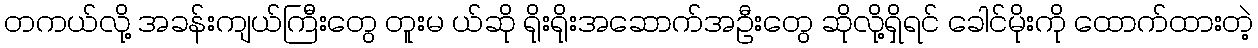
တကယ်လို့ အခန်းကျယ်ကြီးတွေ တူးမ ယ်ဆို ရိုးရိုးအဆောက်အဦးတွေ ဆိုလို့ရှိရင် ခေါင်မိုးကို ထောက်ထားတဲ့